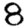
Digit: 8